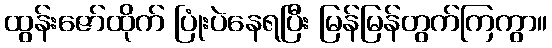
ထွန်းဇော်ထိုက် ပြုံးပဲနေရပြီး မြန်မြန်တွက်ကြကွာ။